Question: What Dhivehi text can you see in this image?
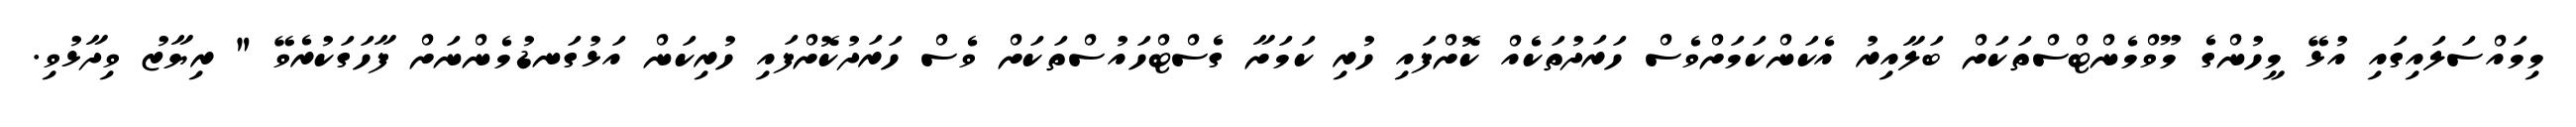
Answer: މިމައްސަލައިގައި އުޅޭ މީހުންގެ މޫވްމެންޓްސްތަކަށް ބަލާއިރު އެކަންކަމަށްވެސް ހަރަދުތަކެއް ކޮށްފައި ހުރި ކަމަށާ ގެސްޓްހައުސްތަކަށް ވެސް ހަރަދުކޮށްފައި ހުރިކަން އަޅުގަނޑުމެންނަށް ފާހަގަކުރެވޭ " ރިޔާޒު ވިދާޅުވި.